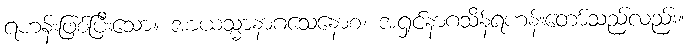
ရဟန်းဖြစ်ပြီးသော။ အာယသ္မာနာဂသေနောစ၊ အရှင်နာဂသိန်ရဟန်းတော်သည်လည်း။